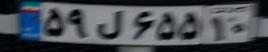
۵۹ل۶۵۵۱۰